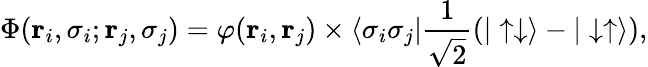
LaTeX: \Phi(\mathbf{r}_{i},\sigma_{i};\mathbf{r}_{j},\sigma_{j})=\varphi(\mathbf{r}_{i},\mathbf{r}_{j})\times\langle\sigma_{i}\sigma_{j}|\frac{1}{\sqrt{2}}(|\uparrow\downarrow\rangle-|\downarrow\uparrow\rangle),